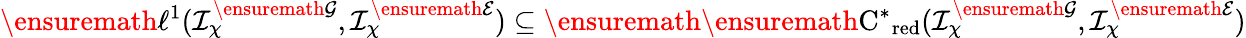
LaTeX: \ensuremath{\ell^{1}}(\mathcal{I}_{\chi}^{\ensuremath{\mathcal{G}}},\mathcal{I}_{\chi}^{\ensuremath{\mathcal{E}}})\subseteq\ensuremath{\ensuremath{\mathrm{C}^{*}}_{\mathrm{red}}}(\mathcal{I}_{\chi}^{\ensuremath{\mathcal{G}}},\mathcal{I}_{\chi}^{\ensuremath{\mathcal{E}}})